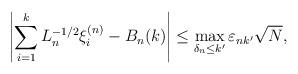
LaTeX: \begin{align*}\left| \sum_{i=1}^k L_n^{-1/2} \xi_i^{(n)} - B_n(k) \right| \le \max_{\delta_n \le k' } \varepsilon_{nk'} \sqrt{N},\end{align*}